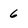
Character: 6